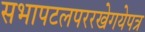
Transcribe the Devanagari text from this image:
सभापटलपररखेगयेपत्र